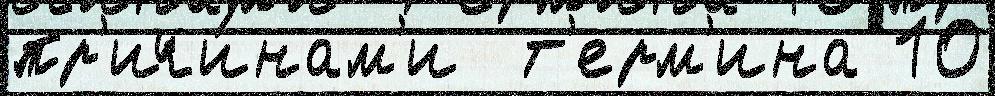
пр'ичи́нам'и  т'ерм'ина 10